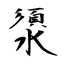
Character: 澃